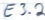
Text: E3.2